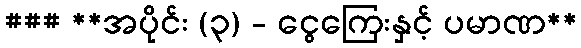
### **အပိုင်း (၃) - ငွေကြေးနှင့် ပမာဏ**